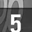
Digit: 5